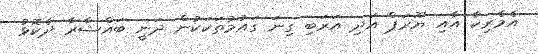
އެމެރިކާ އާއި ޔޫރަޕް އަދި އަރަބި ގިނަ ގައުމުތަކަކުން ދަނީ ބައްޝާރާ ދެކޮޅު